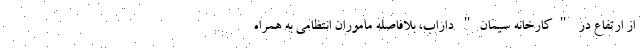
از ارتفاع در "کارخانه سیمان" داراب، بلافاصله ماموران انتظامی به همراه